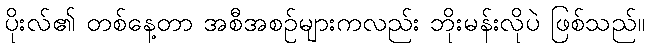
ပိုးလ်၏ တစ်နေ့တာ အစီအစဉ်များကလည်း ဘိုးမန်းလိုပဲ ဖြစ်သည်။